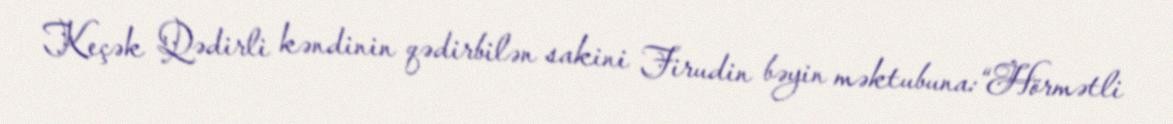
Keçək Qədirli kəndinin qədirbilən sakini Firudin bəyin məktubuna:“Hörmətli